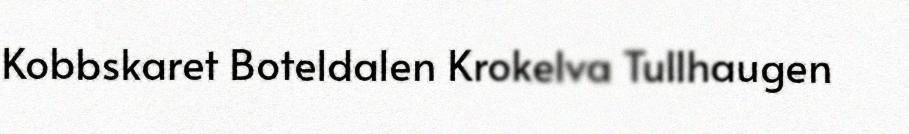
Kobbskaret Boteldalen Krokelva Tullhaugen